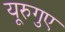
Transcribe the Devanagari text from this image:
यूरुगुए